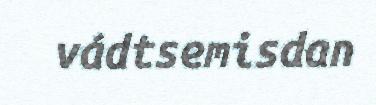
vádtsemisdan